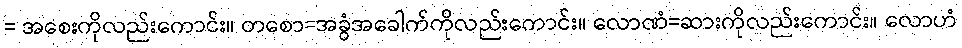
= အစေးကိုလည်းကောင်း။ တစော=အခွံအခေါက်ကိုလည်းကောင်း။ လောဏံ=ဆားကိုလည်းကောင်း။ လောဟံ